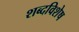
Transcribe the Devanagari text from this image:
शब्दविशेष